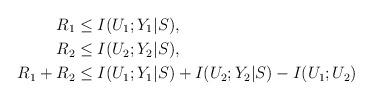
LaTeX: \begin{align*}R_1 &\leq I(U_1;Y_1|S),\\R_2 &\leq I(U_2;Y_2|S),\\R_1+R_2 &\leq I(U_1;Y_1|S)+I(U_2;Y_2|S)-I(U_1;U_2)\end{align*}